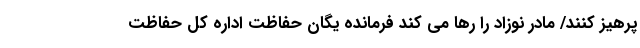
پرهیز کنند/ مادر نوزاد را رها می کند فرمانده یگان حفاظت اداره کل حفاظت